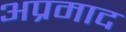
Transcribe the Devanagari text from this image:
अप्रमाद